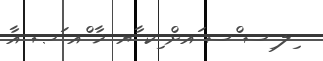
ިލ ިސ ްސ ައށް ިކ ާޔ ޚާ ްއ ަޞ އާ